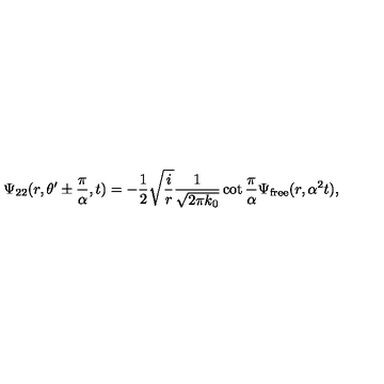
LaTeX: \Psi _ { 2 2 } ( r , \theta ^ { \prime } \pm { \frac { \pi } { \alpha } } , t ) = - { \frac { 1 } { 2 } } \sqrt { { \frac { i } { r } } } { \frac { 1 } { \sqrt { 2 \pi k _ { 0 } } } } \cot { \frac { \pi } { \alpha } } \Psi _ { \mathrm { { f r e e } } } ( r , \alpha ^ { 2 } t ) ,